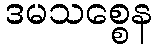
ဒမသစ္စေန